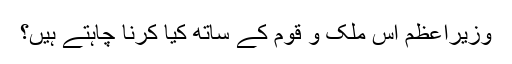
وزیراعظم اس ملک و قوم کے ساتھ کیا کرنا چاہتے ہیں؟